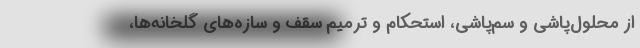
از محلول‌پاشی و سم‌پاشی، استحکام و ترمیم سقف و سازه‌های گلخانه‌ها،